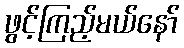
ဖွင့်ကြည့်မယ်နော်